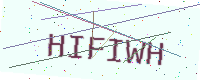
Text: HIFIWH